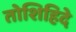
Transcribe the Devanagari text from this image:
तोशिहिदे